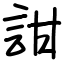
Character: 詌